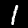
Digit: 1